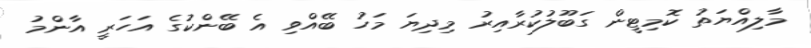
މާލިއްޔަތު ކޮމިޓީން ގަބޫލުކުރާއިރު މިދިޔަ މަހު ބޭއްވި އެ ބޭންކުގެ އަހަރީ އާންމު